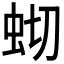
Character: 𫊧